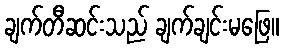
ချက်တီဆင်းသည် ချက်ချင်းမဖြေ။